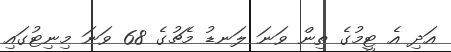
އަދި އެ ޓީމުގެ ތިން ވަނަ ލަނޑު މެޗުގެ 68 ވަނަ މިނިޓުގައި